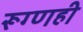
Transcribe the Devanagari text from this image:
रूग्णही